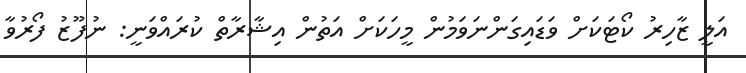
އަލީ ޒާހިރު ކޯޓަކަށް ވަޑައިގަންނަވަމުން މީހަކަށް އަތުން އިޝާރާތް ކުރައްވަނީ: ނުފޫޒު ފޯރުވާ